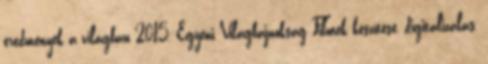
eredmények a világban 2015, Egyéni Világbajnokság Filmek készítése, digitalizálás,